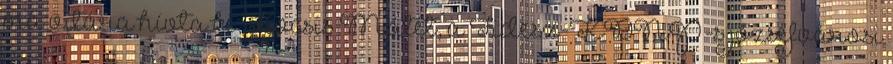
ma vitára hívta ki Kocsis Mátét, a Fidesz-KDNP-s józsefvárosi